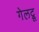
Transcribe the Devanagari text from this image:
गेलट्रू